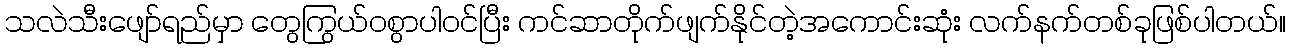
သလဲသီးဖျော်ရည်မှာ တွေကြွယ်ဝစွာပါဝင်ပြီး ကင်ဆာတိုက်ဖျက်နိုင်တဲ့အကောင်းဆုံး လက်နက်တစ်ခုဖြစ်ပါတယ်။